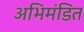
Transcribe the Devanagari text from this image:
अभिमंडित